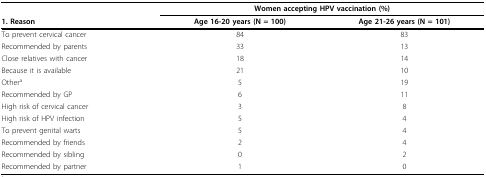
|  | <COLSPAN=2> Women accepting HPV vaccination (%) |
 | 1. Reason | Age 16-20 years (N = 100) | Age 21-26 years (N = 101) |
 | --- | --- | --- |
 | To prevent cervical cancer | 84 | 83 |
 | Recommended by parents | 33 | 13 |
 | Close relatives with cancer | 18 | 14 |
 | Because it is available | 21 | 10 |
 | Othera | 5 | 19 |
 | Recommended by GP | 6 | 11 |
 | High risk of cervical cancer | 3 | 8 |
 | High risk of HPV infection | 5 | 4 |
 | To prevent genital warts | 5 | 4 |
 | Recommended by friends | 2 | 4 |
 | Recommended by sibling | 0 | 2 |
 | Recommended by partner | 1 | 0 |